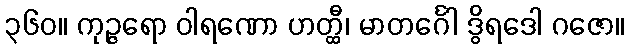
၃၆၀။ ကုဉ္ဇရော ဝါရဏော ဟတ္ထီ၊ မာတင်္ဂေါ ဒွိရဒေါ ဂဇော။